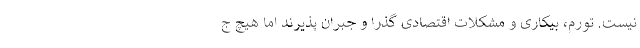
نیست. تورم، بیکاری و مشکلات اقتصادی گذرا و جبران پذیرند اما هیچ ج